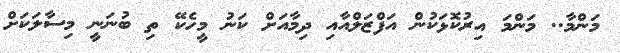
މަންމާ.. މަންމަ އިރުކޮޅަކުން އަފްޒަލްއާއި ދިމާއަށް ކަނު މީހެކޭ ތި ބުނަނީ މިސާލަކަށް